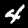
Label: 4